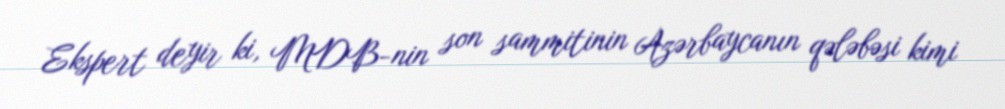
Ekspert deyir ki, MDB-nin son sammitinin Azərbaycanın qələbəsi kimi